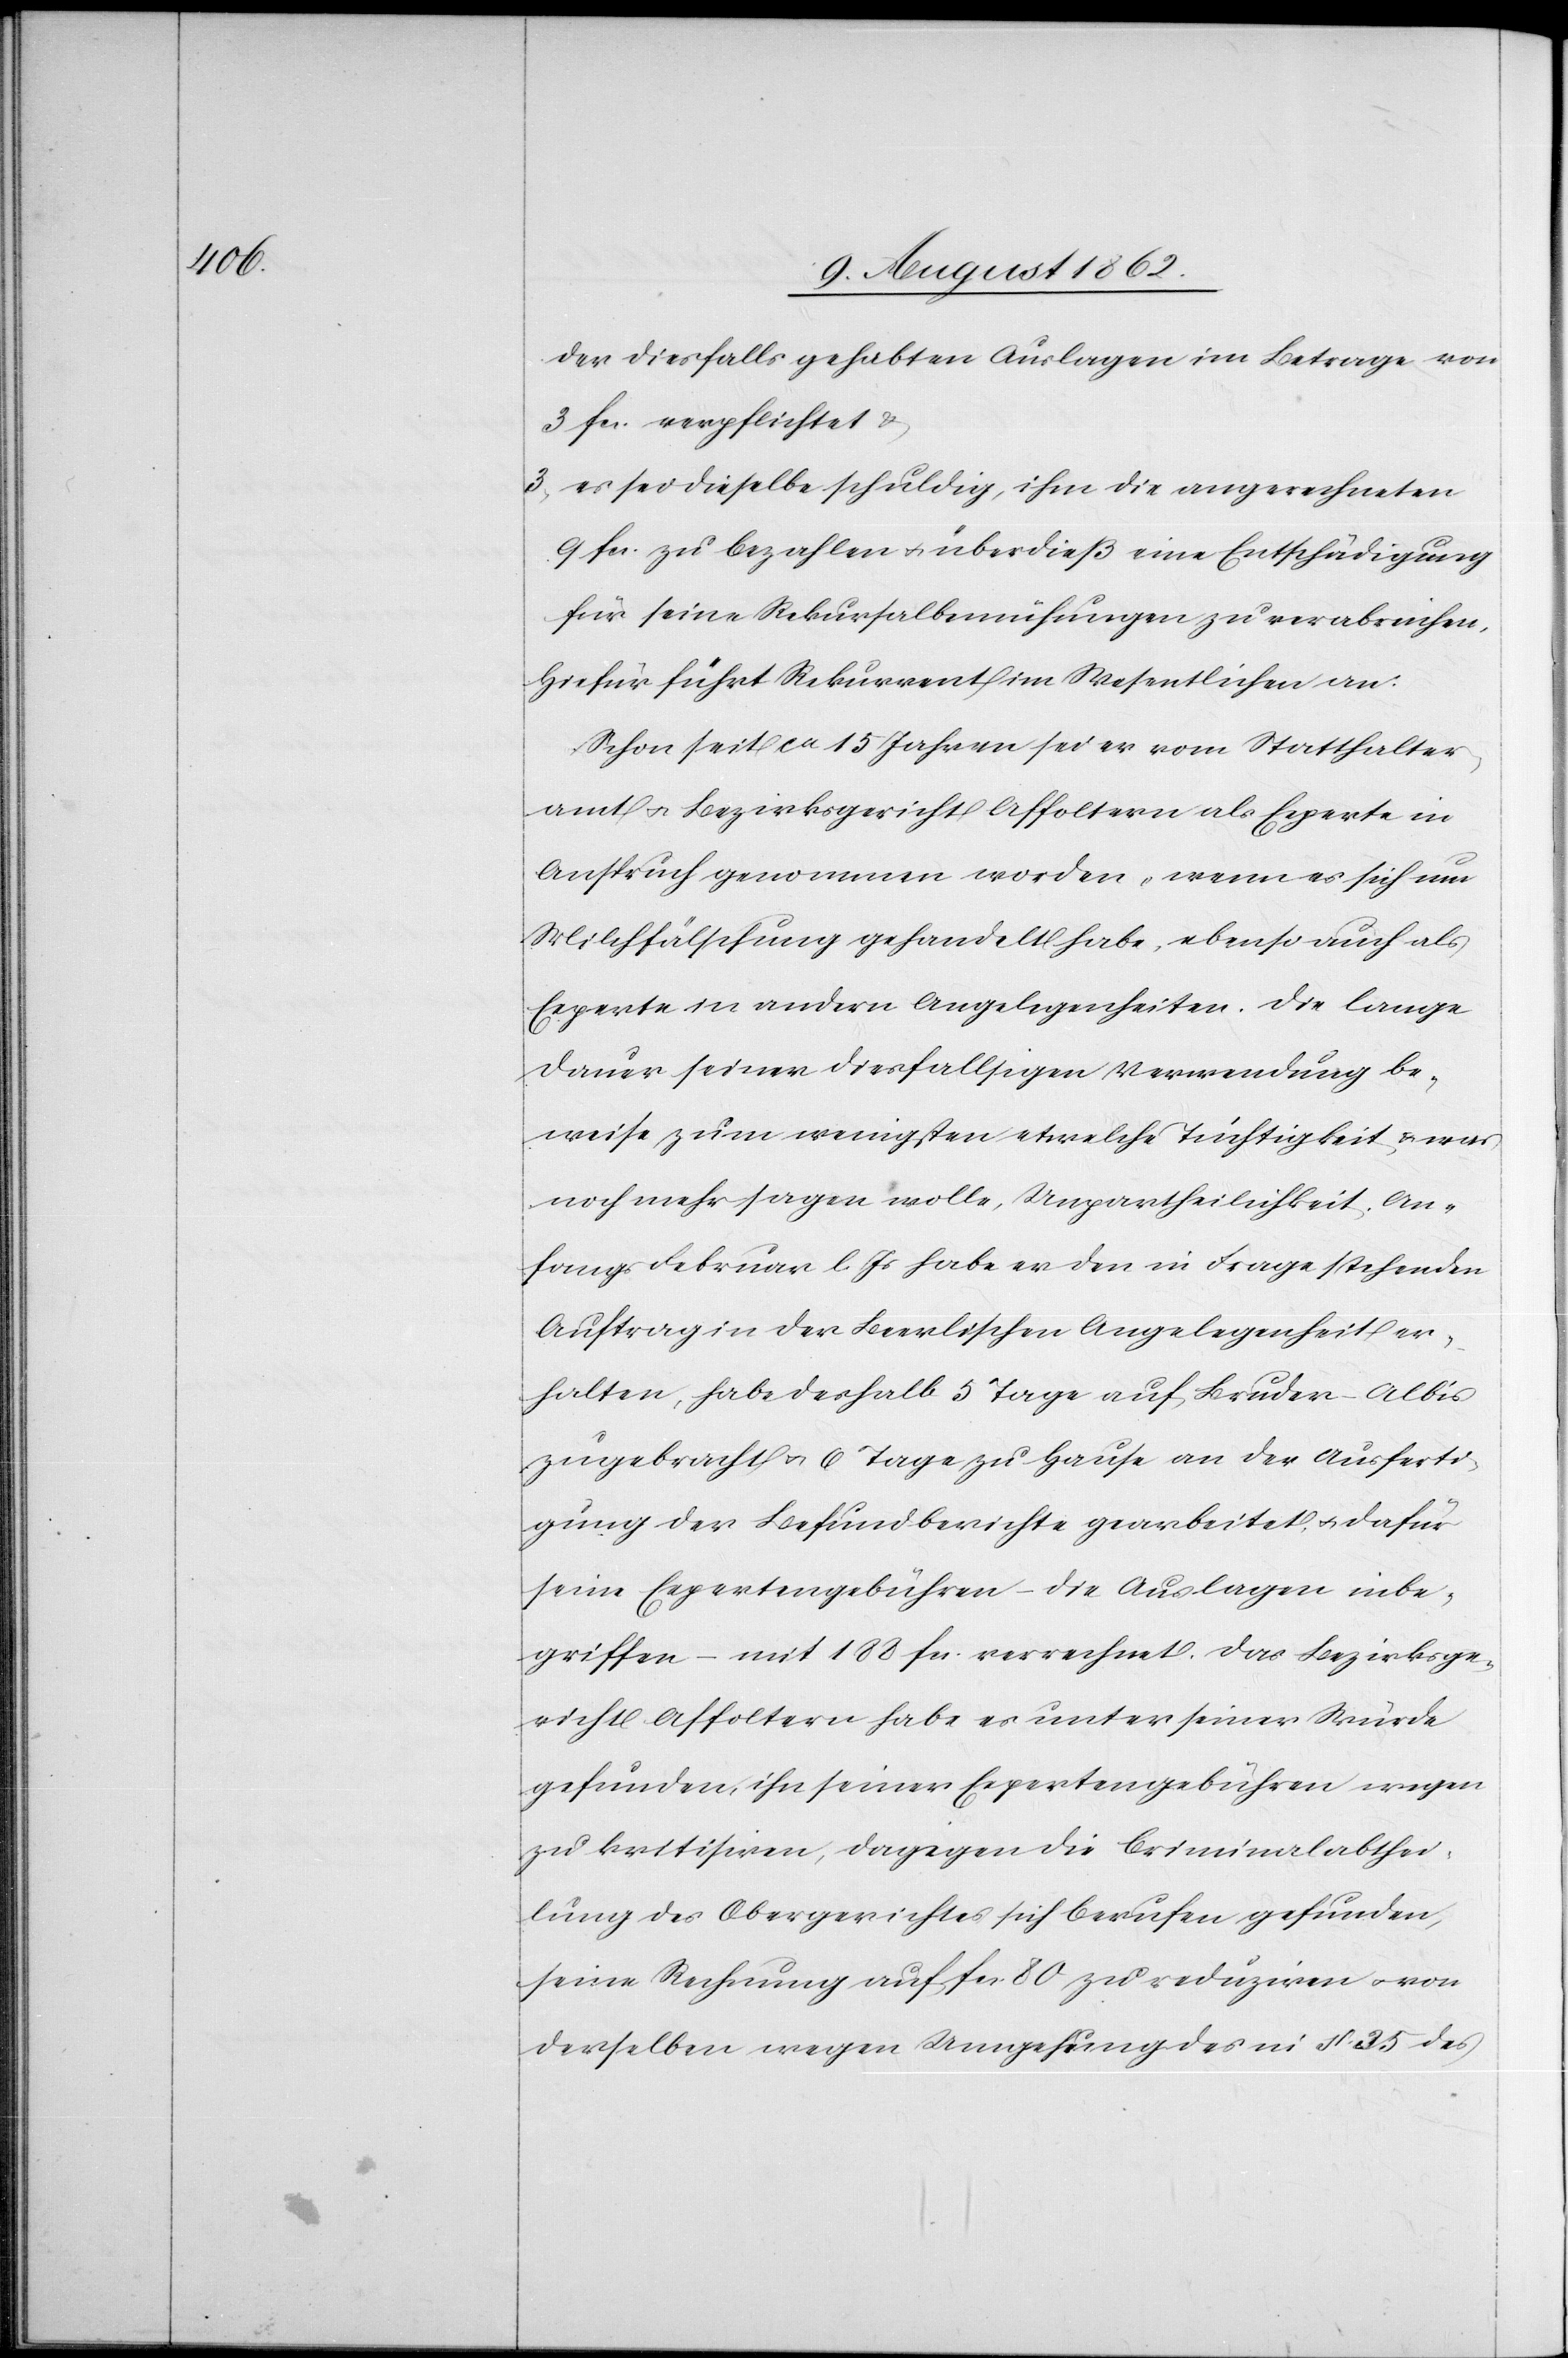
der diesfalls gehabten Auslagen im Betrage von
3 fcs. verpflichtet u.
3. es sei dieselbe schuldig, ihm die angerechneten
9 fcs. zu bezahlen u. überdieß eine Entschädigung
für seine Rekursalbemühungen zu verabreichen,
hiefür führt Rekurrent im Wesentlichen an:
Schon seit ca. 15 Jahren sei er vom Statthalter¬
amt u. Bezirksgericht Affoltern als Experte in
Anspruch genommen worden, wenn es sich um
Milchfälschung gehandelt habe, ebenso auch als
Experte in andern Angelegenheiten. Die lange
Dauer seiner diesfälligen Verwendung be¬
weise zum wenigsten etwelche Tüchtigkeit u. was
noch mehr sagen wolle, Unpartheilichkeit. An¬
fangs Februar l. Js. habe er den in Frage stehenden
Auftrag in der Beerlischen Angelegenheit er¬
halten, habe deshalb 5 Tage auf Bruder Albis
zugebracht u. 6 Tage zu Hause an der Ausferti¬
gung der Befundberichte gearbeitet u. dafür
seine Expertengebühren – die Auslagen inbe¬
griffen – mit 188 fcs. verrechnet. Das Bezirksge¬
richt Affoltern habe er unter seiner Würde
gefunden, ihn seiner Expertengebühren wegen
zu kritisiren, dagegen die Criminalabthei¬
lung des Obergerichtes sich berufen gefunden,
seine Rechnung auf fcs. 80 zu reduziren u. von
derselben wegen Umgehung des in §. 35 des